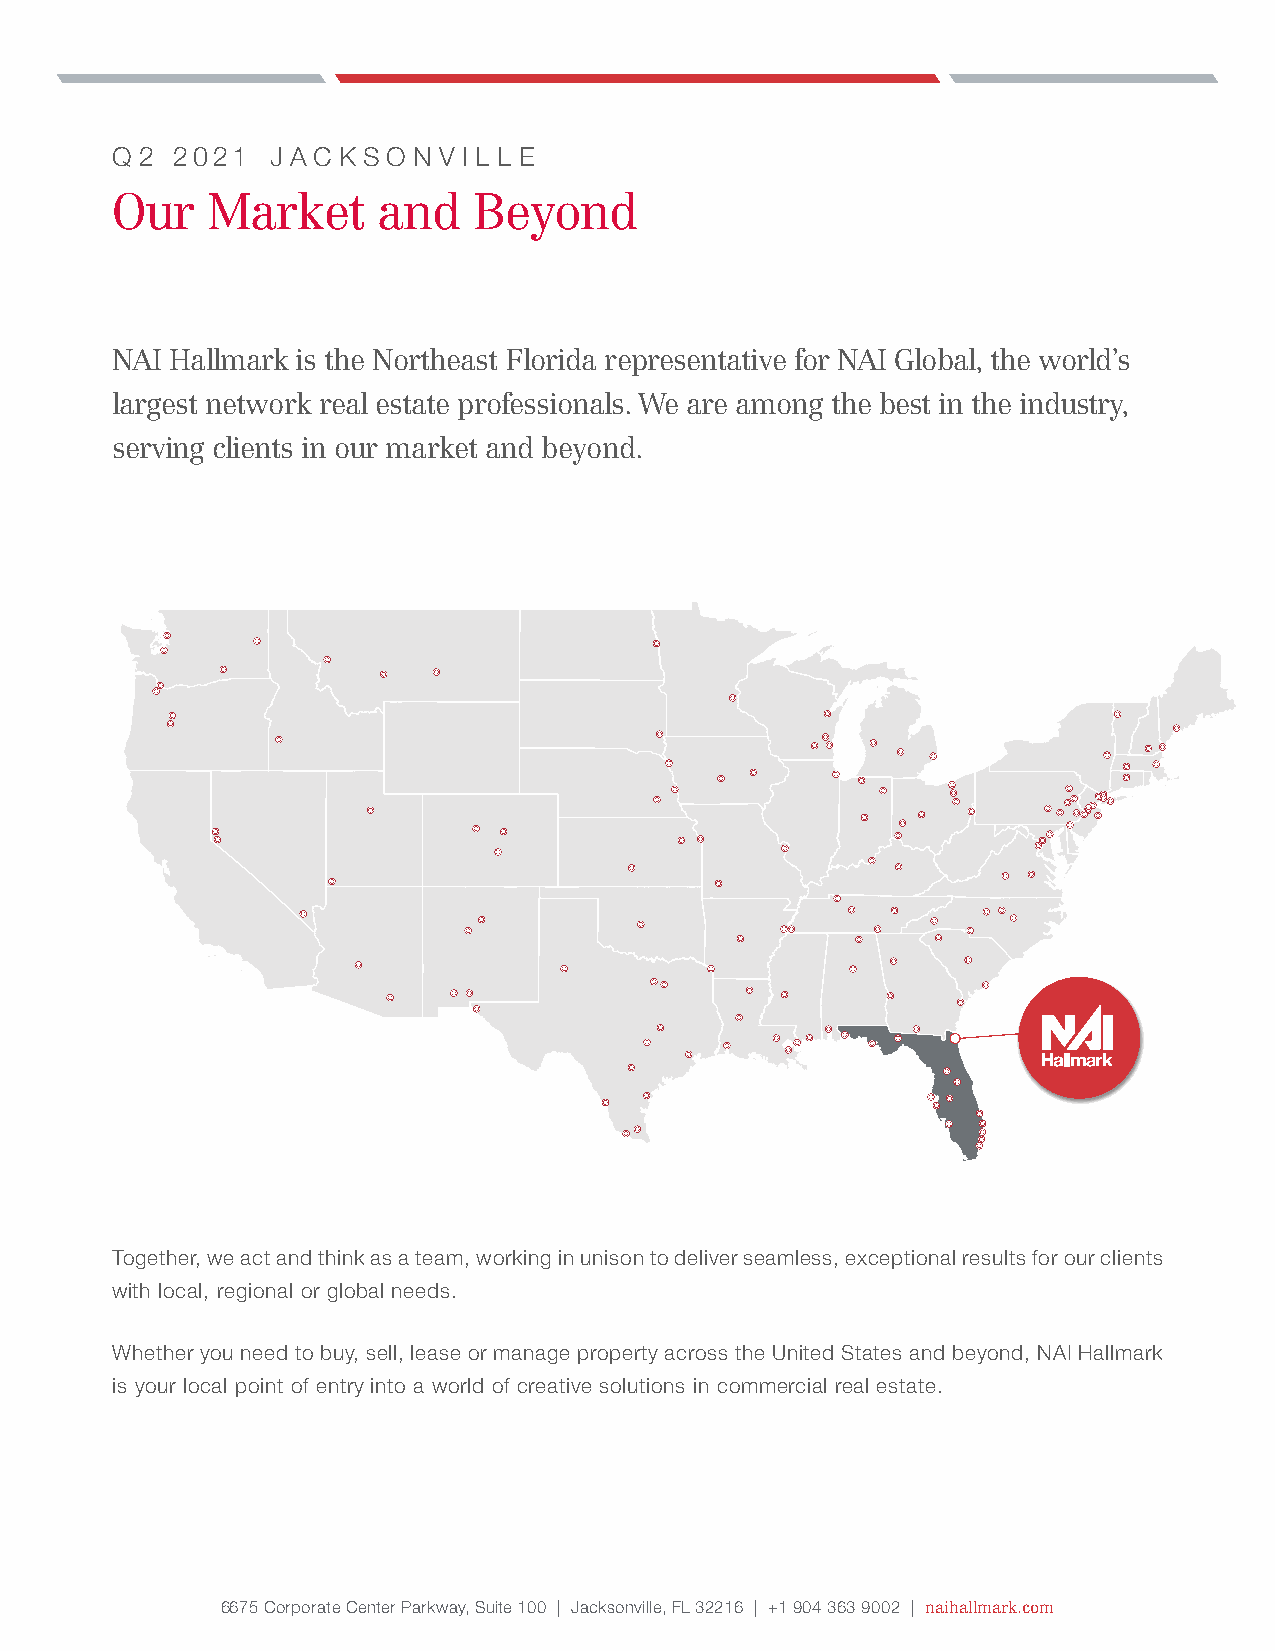
q 2 2021   j a c k s o n v i l l e
 Our    Market     and   Beyond
 NAI Hallmark is the Northeast Florida representative for NAI Global, the world’s
 largest network real estate professionals. We are among the best in the industry,
 serving clients in our market and beyond.
 Together, we act and think as a team, working in unison to deliver seamless, exceptional results for our clients
 with local, regional or global needs.
 Whether you need to buy, sell, lease or manage property across the United States and beyond, NAI Hallmark
 is your local point of entry into a world of creative solutions in commercial real estate.
 6675 Corporate Center Parkway, Suite 100 | Jacksonville, FL 32216 | +1 904 363 9002 | naihallmark.com